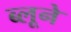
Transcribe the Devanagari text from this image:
ब्लूने